Annual administration report of the Civil Veterinary Department of India - 1898-1899
Year: 1898
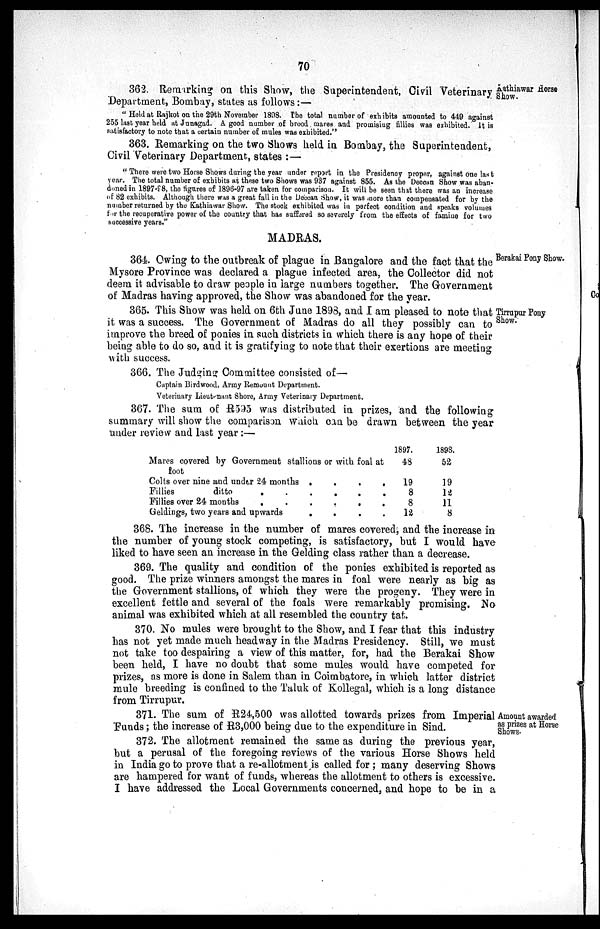
70
Kathiawar Horse
Show.
362. Remarking on this Show, the Superintendent, Civil Veterinary
Department, Bombay, states as follows:—
"Held at Rajkot on the 29th November 1898. The total number of exhibits amounted to 449 against
255 last year held at Junagad. A good number of brood mares and promising fillies was exhibited. It is
satisfactory to note that a certain number of mules was exhibited."
363. Remarking on the two Shows held in Bombay, the Superintendent,
Civil Veterinary Department, states:—
"There were two Horse Shows during the year under report in the Presidency proper, against one last
year. The total number of exhibits at these two Shows was 937 against 855. As the Deccan Show was aban-
doned in 1897-98, the figures of 1896-97 are taken for comparison. It will be seen that there was an increase
of 82 exhibits. Although there was a great fall in the Deccan Show, it was more than compensated for by the
number returned by the Kathiawar Show. The stock exhibited was in perfect condition and speaks volumes
for the recuperative power of the country that has suffered so severely from the effects of famine for two
successive years."
MADRAS.
Berakai Pony Show.
364. Owing to the outbreak of plague in Bangalore and the fact that the
Mysore Province was declared a plague infected area, the Collector did not
deem it advisable to draw people in large numbers together. The Government
of Madras having approved, the Show was abandoned for the year.
Tirrupur Pony
Show.
365. This Show was held on 6th June 1898, and I am pleased to note that
it was a success. The Government of Madras do all they possibly can to
improve the breed of ponies in such districts in which there is any hope of their
being able to do so, and it is gratifying to note that their exertions are meeting
with success.
366. The Judging Committee consisted of—
Captain Birdwood, Army Remount Department.
Veterinary Lieutenant Shore, Army Veterinary Department.
367. The sum of R595 was distributed in prizes, and the following
summary will show the comparison which can be drawn between the year
under review and last year:—
Mares covered by Government stallions or with foal at
foot
Colts over nine and under 24 months . . . .
Fillies
ditto . . . . . .
Fillies over 24 months . . . . . .
Geldings, two years and upwards . . . .
1897.
48
19
8
8
12
1898.
52
19
12
11
8
368. The increase in the number of mares covered, and the increase in
the number of young stock competing, is satisfactory, but I would have
liked to have seen an increase in the Gelding class rather than a decrease.
369. The quality and condition of the ponies exhibited is reported as
good. The prize winners amongst the mares in foal were nearly as big as
the Government stallions, of which they were the progeny. They were in
excellent fettle and several of the foals were remarkably promising. No
animal was exhibited which at all resembled the country tat.
370. No mules were brought to the Show, and I fear that this industry
has not yet made much headway in the Madras Presidency. Still, we must
not take too despairing a view of this matter, for, had the Berakai Show
been held, I have no doubt that some mules would have competed for
prizes, as more is done in Salem than in Coimbatore, in which latter district
mule breeding is confined to the Taluk of Kollegal, which is a long distance
from Tirrupur.
Amount awarded
as prizes at Horse
Shows.
371. The sum of R24,500 was allotted towards prizes from Imperial
Funds; the increase of R3,000 being due to the expenditure in Sind.
372. The allotment remained the same as during the previous year,
but a perusal of the foregoing reviews of the various Horse Shows held
in India go to prove that a re-allotment is called for; many deserving Shows
are hampered for want of funds, whereas the allotment to others is excessive.
I have addressed the Local Governments concerned, and hope to be in a